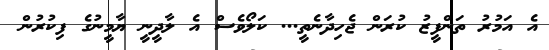
އެ އަމުރު ތަންފީޒު ކުރަން ޖެހިދާނެތީ... ކަލޯވެސް އެ ލާދީނީ ޔާމީނުގެ ފިކުރުން